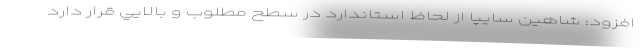
افزود: شاهین سایپا از لحاظ استاندارد در سطح مطلوب و بالايي قرار دارد